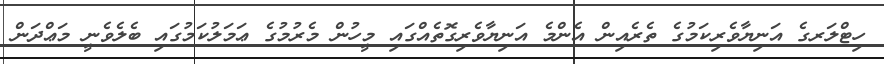
ހިޓްލަރގެ އަނިޔާވެރިކަމުގެ ތެރެއިން އެންމެ އަނިޔާވެރިގޮތެއްގައި މީހުން މެރުމުގެ ޢަމަލުކަމުގައި ބެލެވެނީ މަޢްދަން